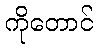
ကိုတောင်